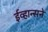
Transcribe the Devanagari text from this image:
ईव्हान्सने